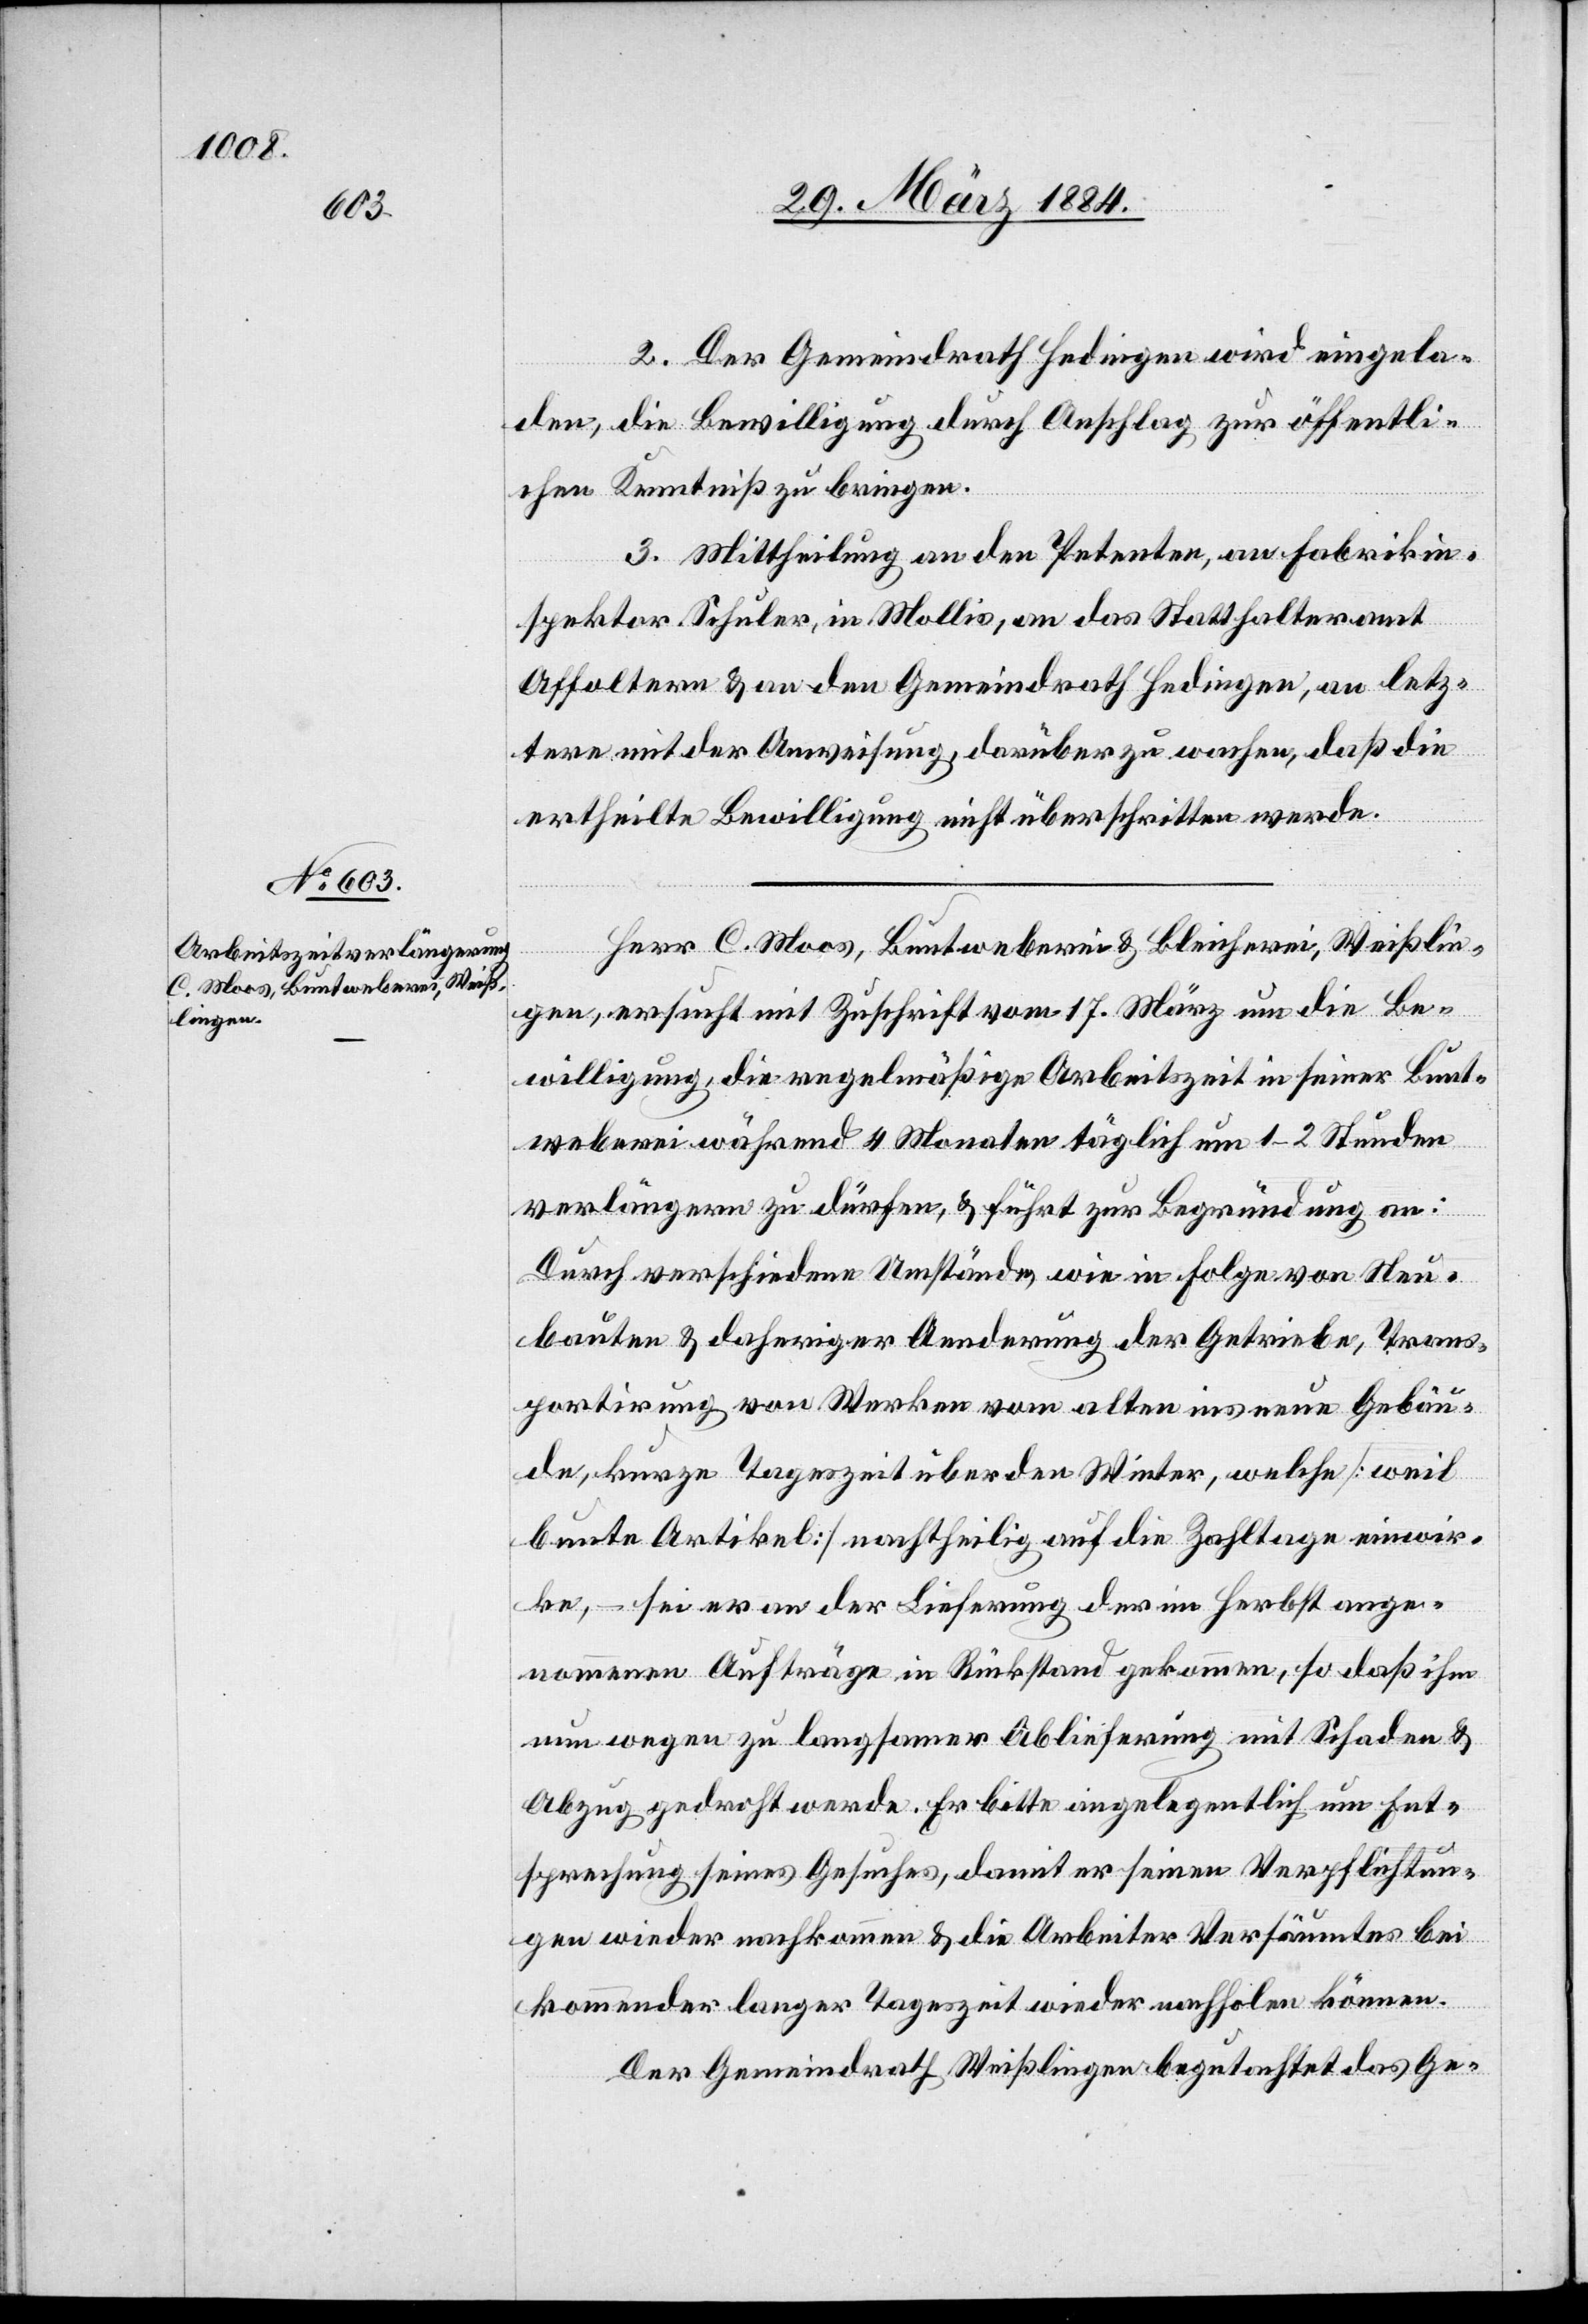
2. Der Gemeindrath Hedingen wird eingela¬
den, die Bewilligung durch Anschlag zur öffentli¬
chen Kenntniß zu bringen.
3. Mittheilung an den Petenten, an Fabrikin¬
spektor Schuler, in Mollis, an das Statthalteramt
Affoltern & an den Gemeindrath Hedingen, an letz¬
tern mit der Anweisung, darüber zu wachen, daß die
ertheilte Bewilligung nicht überschritten werde.
Herr C. Moos, Buntweberei & Bleicherei, Weißlin¬
gen, ersucht mit Zuschrift vom 17. März um die Be¬
willigung, die regelmäßige Arbeitszeit in seiner Bunt¬
weberei während 4 Monaten täglich um 1–2 Stunden
verlängern zu dürfen, & führt zur Begründung an:
Durch verschiedene Umstände, wie in Folge von Neu¬
bauten & daheriger Aenderung der Getriebe, Trans¬
portirung von Werken vom alten ins neue Gebäu¬
de, kurze Tageszeit über den Winter, welche [weil
bunte Artikel] nachtheilig auf die Zahltage einwir¬
ken, – sei er an der Lieferung der im Herbst ange¬
nommenen Aufträge in Rückstand gekommen, so daß ihm
nun wegen zu langsamer Ablieferung mit Schaden &
Abzug gedroht werde. Er bitte angelegentlich um Ent¬
sprechung seines Gesuches, damit er seinen Verpflichtun¬
gen wieder nachkommen & die Arbeiter Versäumtes bei
kommender langer Tageszeit wieder nachholen können.
Der Gemeindrath Weißlingen begutachtet das Ge-